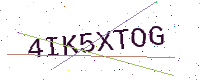
Text: 4IK5XTOG